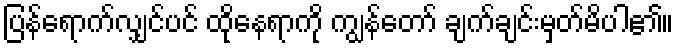
ပြန်ရောက်လျှင်ပင် ထိုနေရာကို ကျွန်တော် ချက်ချင်းမှတ်မိပါ၏။